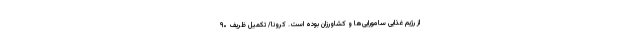
از رژیم غذایی سامورایی‌ها و کشاورزان بوده است. کرونا/ تکمیل ظریف ۹۰